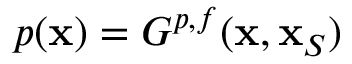
p ( { \bf x } ) = G ^ { p , f } ( { \bf x } , { \bf x } _ { S } )